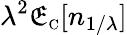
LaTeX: \lambda^{2}\mathfrak{E}_{\scriptscriptstyle\mathrm{{C}}}[n_{1/\lambda}]